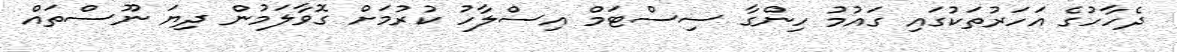
ދެހާހުގެ އަހަރުތަކުގައި ގައުމު ހިންގާ ސިސްޓަމް އިސްލާހު ކުރުމަށް ގޮވާލަމުން ދިޔަ ނޫސްތައް